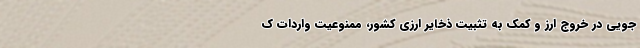
جویی در خروج ارز و کمک به تثبیت ذخایر ارزی کشور، ممنوعیت واردات ک